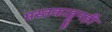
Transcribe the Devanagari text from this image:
मस्तकाहूनही